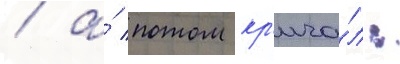
/ а́ потом кр'ича́л: